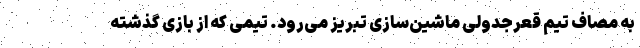
به مصاف تیم قعرجدولی ماشین‌سازی تبریز می‌رود. تیمی که از بازی گذشته